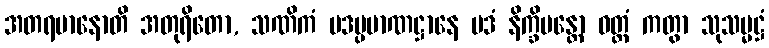
အတရမာနောတိ အတုရိတော, သဏိကံ ပဒပ္ပမာဏဋ္ဌာနေ ပဒံ နိက္ခိပန္တော ဝတ္တံ ကတွာ သုသမ္မဋ္ဌံ